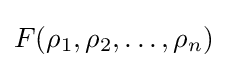
F(\rho _{1},\rho _{2},\dots ,\rho _{n})